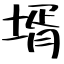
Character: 壻